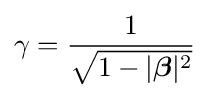
\gamma ={\frac {1}{\sqrt {1-|{\boldsymbol {\beta }}|^{2}}}}